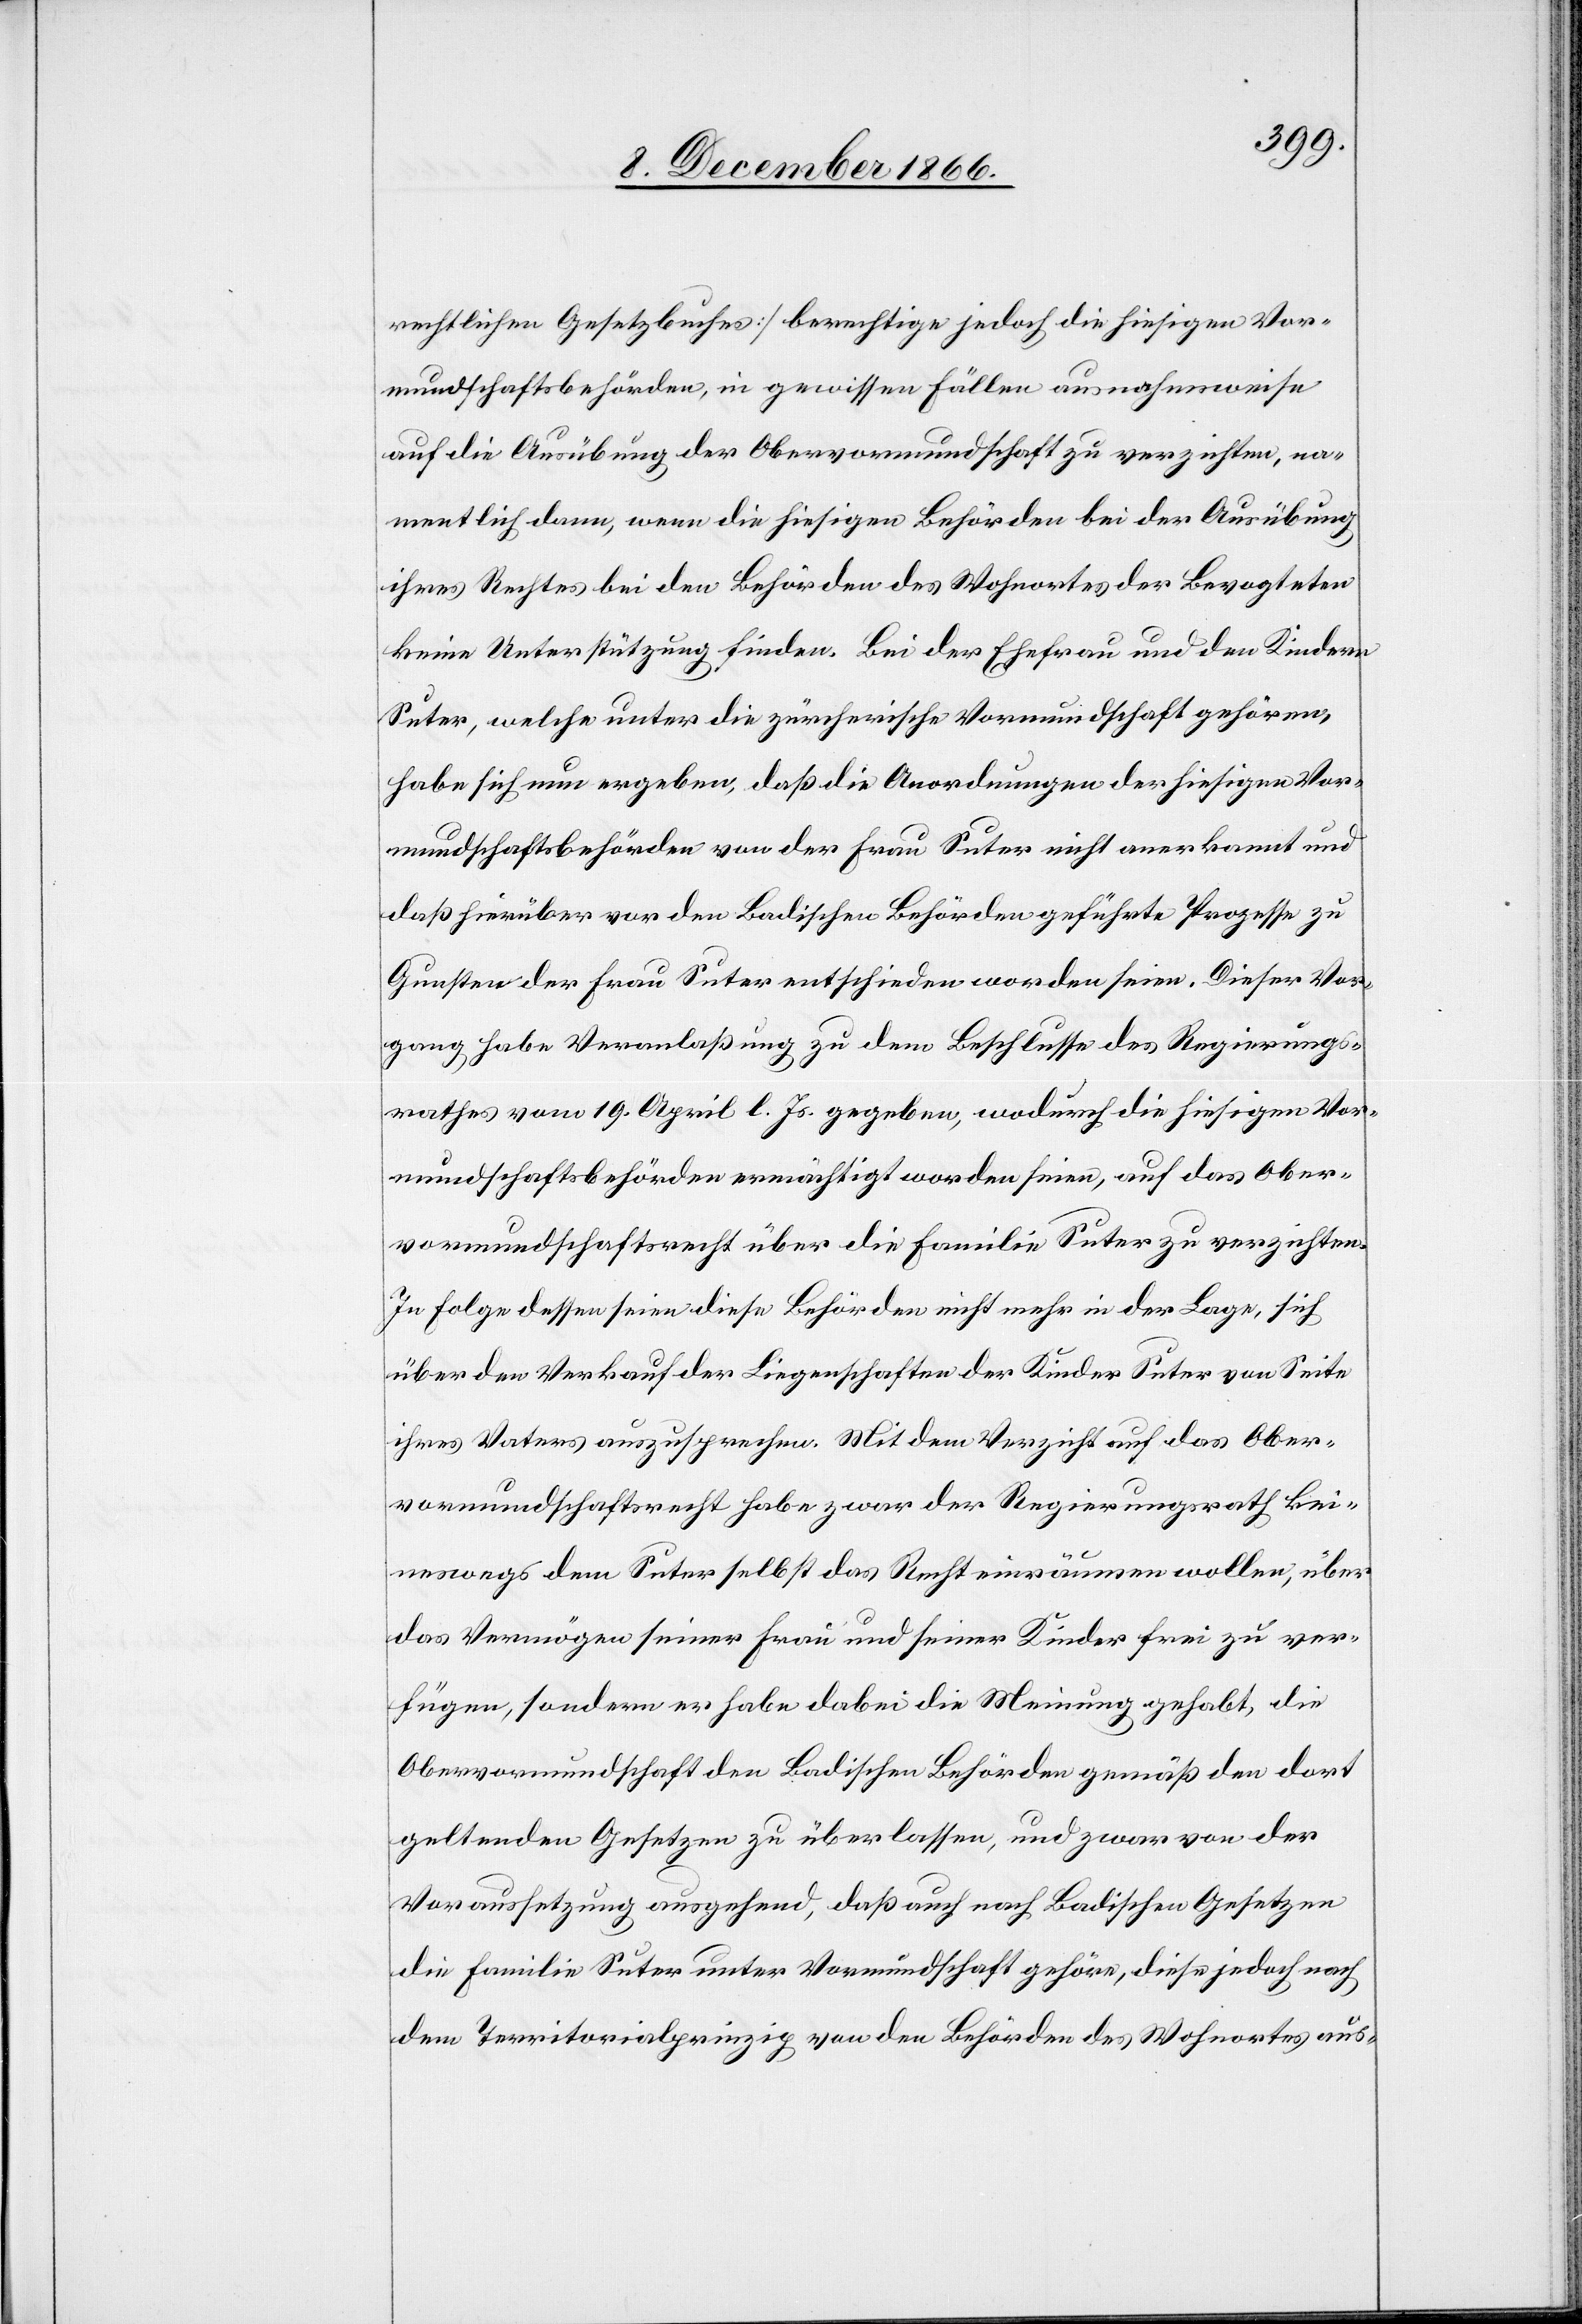
rechtlichen Gesetzbuches] berechtige jedoch die hiesigen Vor¬
mundschaftsbehörden, in gewissen Fällen ausnahmsweise
auf die Ausübung der Obervormundschaft zu verzichten, na¬
mentlich dann, wenn die hiesigen Behörden bei der Ausübung
ihres Rechtes bei den Behörden des Wohnortes der Bevogteten
keine Unterstützung finden. Bei der Ehefrau und den Kindern
Suter, welche unter die zürcherische Vormundschaft gehören,
habe sich nun ergeben, daß die Anordnungen der hiesigen Vor¬
mundschaftsbehörden von der Frau Suter nicht anerkannt und
daß hierüber vor den Badischen Behörden geführte Prozesse zu
Gunsten der Frau Suter entschieden worden seien. Dieser Vor¬
gang habe Veranlaßung zu dem Beschlusse des Regierungs¬
rathes vom 19. April l. Js. gegeben, wodurch die hiesigen Vor¬
mundschaftsbehörden ermächtigt worden seien, auf das Ober¬
vormundschaftsrecht über die Familie Suter zu verzichten.
In Folge dessen seien diese Behörden nicht mehr in der Lage, sich
über den Verkauf der Liegenschaften der Kinder Suter von Seite
ihres Vaters auszusprechen. Mit dem Verzicht auf das Ober¬
vormundschaftsrecht habe zwar der Regierungsrath kei¬
neswegs dem Suter selbst das Recht einräumen wollen, über
das Vermögen seiner Frau und seiner Kinder frei zu ver¬
fügen, sondern er habe dabei die Meinung gehabt, die
Obervormundschaft den Badischen Behörden gemäß den dort
geltenden Gesetzen zu überlassen, und zwar von der
Voraussetzung ausgehend, daß auch nach Badischen Gesetzen
die Familie Suter unter Vormundschaft gehöre, diese jedoch nach
dem Territorialprinzip von den Behörden des Wohnortes aus-